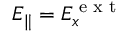
E _ { \parallel } = E _ { x } ^ { \textrm { e x t } }